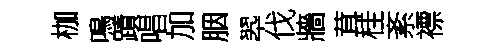
枷鳴蹟唱加胭翆伐牆茸桂紊褾